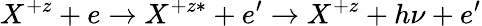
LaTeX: {X^{+z}+e\rightarrow X^{+z*}+e^{\prime}\rightarrow X^{+z}+h\nu+e^{\prime}}